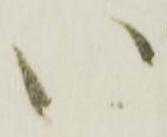
い